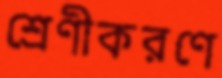
শ্রেণীকরণে